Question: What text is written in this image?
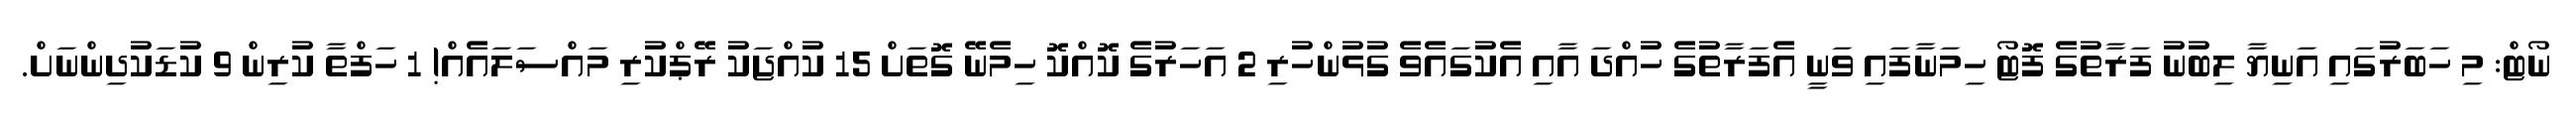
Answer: ނޯޓް: މި ހަބަރުގައި އަނިޔާ ލިބުނު ފަރާތުގެ ފޮޓޯ ހިމަނާފައި ވަނީ އެފަރާތުގެ ހުއްދަ އާއި އެކުގައެވެ ގުޅުންހުރި 2 އަހަރުގެ ކޮއްކޮ ހިމެނޭ ގޮތަށް 15 ކުއްޖަކު ރޭޕްކުރި މައްސަލައެއް! 1 ހަފްތާ ކުރިން 9 ކުޑަކުދިންނަށް.